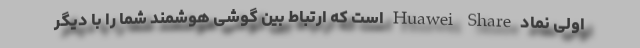
اولی نماد Huawei Share است که ارتباط بین گوشی هوشمند شما را با دیگر